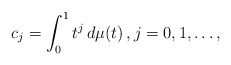
\begin{align*}c_j = \int_0^1 t^j\,d\mu(t)\,, j=0,1,\dots,\end{align*}